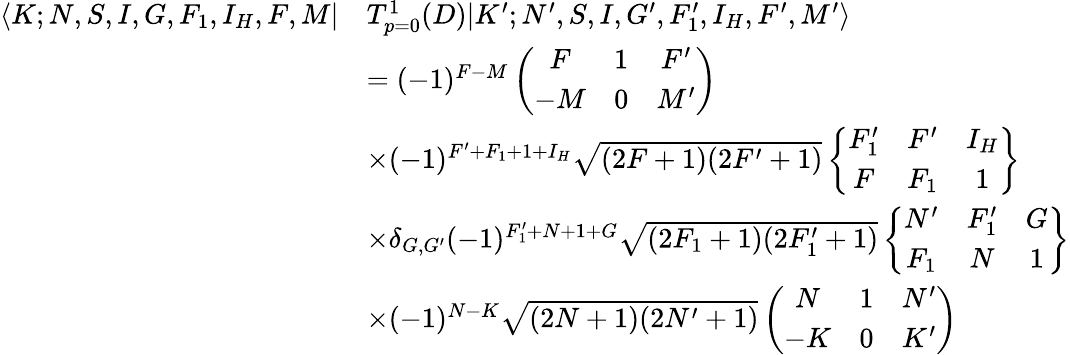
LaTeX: \begin{array}{rl}{\langle K;N,S,I,G,F_{1},I_{H},F,M|}&{T_{p=0}^{1}(D)|K^{\prime};N^{\prime},S,I,G^{\prime},F_{1}^{\prime},I_{H},F^{\prime},M^{\prime}\rangle}\\ &{=(-1)^{F-M}\left(\begin{array}{ccc}{F}&{1}&{F^{\prime}}\\ {-M}&{0}&{M^{\prime}}\end{array}\right)}\\ &{\times(-1)^{F^{\prime}+F_{1}+1+I_{H}}\sqrt{(2F+1)(2F^{\prime}+1)}\left\{ \begin{array}{ccc}{F_{1}^{\prime}}&{F^{\prime}}&{I_{H}}\\ {F}&{F_{1}}&{1}\end{array}\right\} }\\ &{\times\delta_{G,G^{\prime}}(-1)^{F_{1}^{\prime}+N+1+G}\sqrt{(2F_{1}+1)(2F_{1}^{\prime}+1)}\left\{ \begin{array}{ccc}{N^{\prime}}&{F_{1}^{\prime}}&{G}\\ {F_{1}}&{N}&{1}\end{array}\right\} }\\ &{\times(-1)^{N-K}\sqrt{(2N+1)(2N^{\prime}+1)}\left(\begin{array}{ccc}{N}&{1}&{N^{\prime}}\\ {-K}&{0}&{K^{\prime}}\end{array}\right)}\end{array}